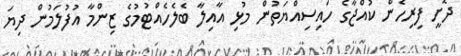
ދޮށީ ފިރިހެން ކުއްޖާގެ ހައިސިއްޔަތުން މުޅި އާއިލާ ބެލެހެއްޓުމުގެ ޒިންމާ އުފުލަމުން ދިޔަ